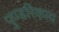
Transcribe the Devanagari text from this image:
पुण्डरिकाय